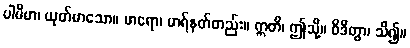
ပါပိမာ၊ ယုတ်မာသော။ မာရော၊ မာရ်နတ်တည်း။ ဣတိ၊ ဤသို့။ ဝိဒိတွာ၊ သိ၍။